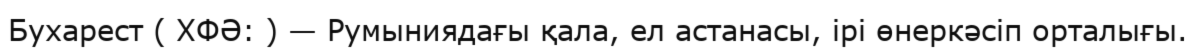
Бухарест ( ХФӘ: ) — Румыниядағы қала, ел астанасы, ірі өнеркәсіп орталығы.